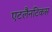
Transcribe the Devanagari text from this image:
एटलैनटिकस